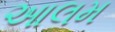
આલમ